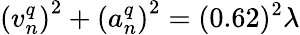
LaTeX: \left(v_{n}^{q}\right)^{2}+\left(a_{n}^{q}\right)^{2}=(0.62)^{2}\lambda